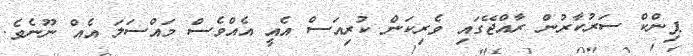
ޕިންކް ސަރުކާރުން ރާއްޖޭގައި ވެރިކަން ކުރިއަސް އެއީ އެއްވެސް މައްސަލަ އެއް ނޫނެވެ.